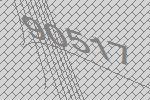
90517